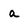
Character: a